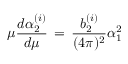
\mu { \frac { d \alpha _ { 2 } ^ { ( i ) } } { d \mu } } \, = \, { \frac { b _ { 2 } ^ { ( i ) } } { ( 4 \pi ) ^ { 2 } } } \alpha _ { 1 } ^ { 2 }